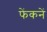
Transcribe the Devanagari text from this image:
फेंकनें